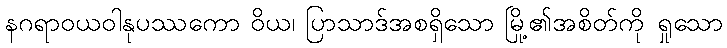
နဂရာဝယဝါနုပဿကော ဝိယ၊ ပြာသာဒ်အစရှိသော မြို့၏အစိတ်ကို ရှုသော